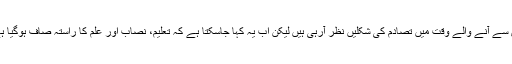
اس سے آنے والے وقت میں تصادم کی شکلیں نظر آرہی ہیں لیکن اب یہ کہا جاسکتا ہے کہ تعلیم، نصاب اور علم کا راستہ صاف ہوگیا ہے۔